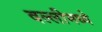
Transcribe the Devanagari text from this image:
वल्लीमध्ये